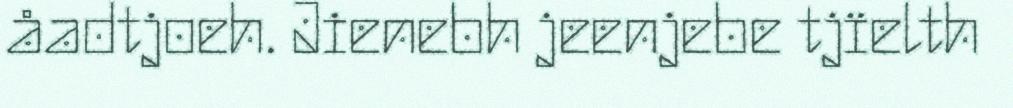
åadtjoeh. Jienebh jeenjebe tjïelth